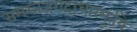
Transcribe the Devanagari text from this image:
समस्तजगदाधारमूर्तये